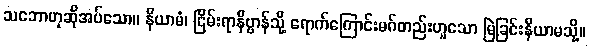
သဘောဟုဆိုအပ်သော။ နိယာမံ၊ ငြိမ်းရာနိဗ္ဗာန်သို့ ရောက်ကြောင်းမဂ်တည်းဟူသော မြဲခြင်းနိယာမသို့။